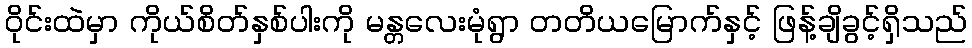
ဝိုင်းထဲမှာ ကိုယ်စိတ်နှစ်ပါးကို မန္တလေးမုံရွာ တတိယမြောက်နှင့် ဖြန့်ချိခွင့်ရှိသည်